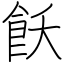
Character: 飫